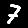
Digit: 7